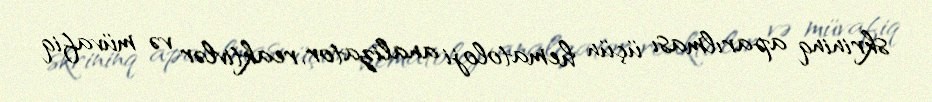
skrininq aparılması üçün hematoloji analizator, reaktivlər və müvafiq